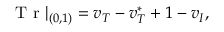
\mathrm { ~ T ~ r ~ } | _ { ( 0 , 1 ) } = v _ { T } - v _ { T } ^ { * } + 1 - v _ { I } ,